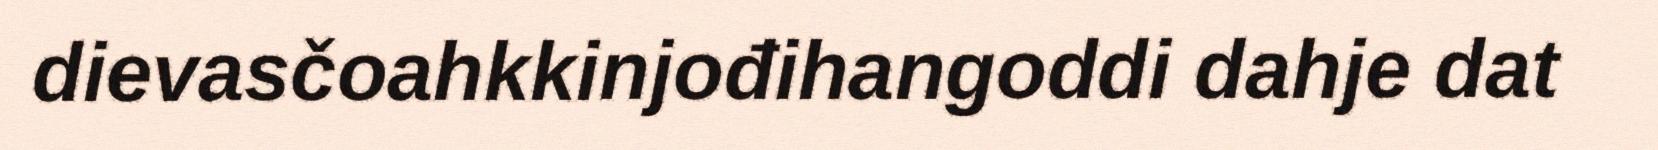
dievasčoahkkinjođihangoddi dahje dat